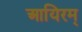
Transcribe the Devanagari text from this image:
आयिरम्